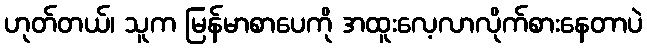
ဟုတ်တယ်၊ သူက မြန်မာစာပေကို အထူးလေ့လာလိုက်စားနေတာပဲ